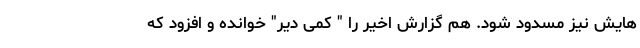
هایش نیز مسدود شود. هم گزارش اخیر را " کمی دیر" خوانده و افزود که